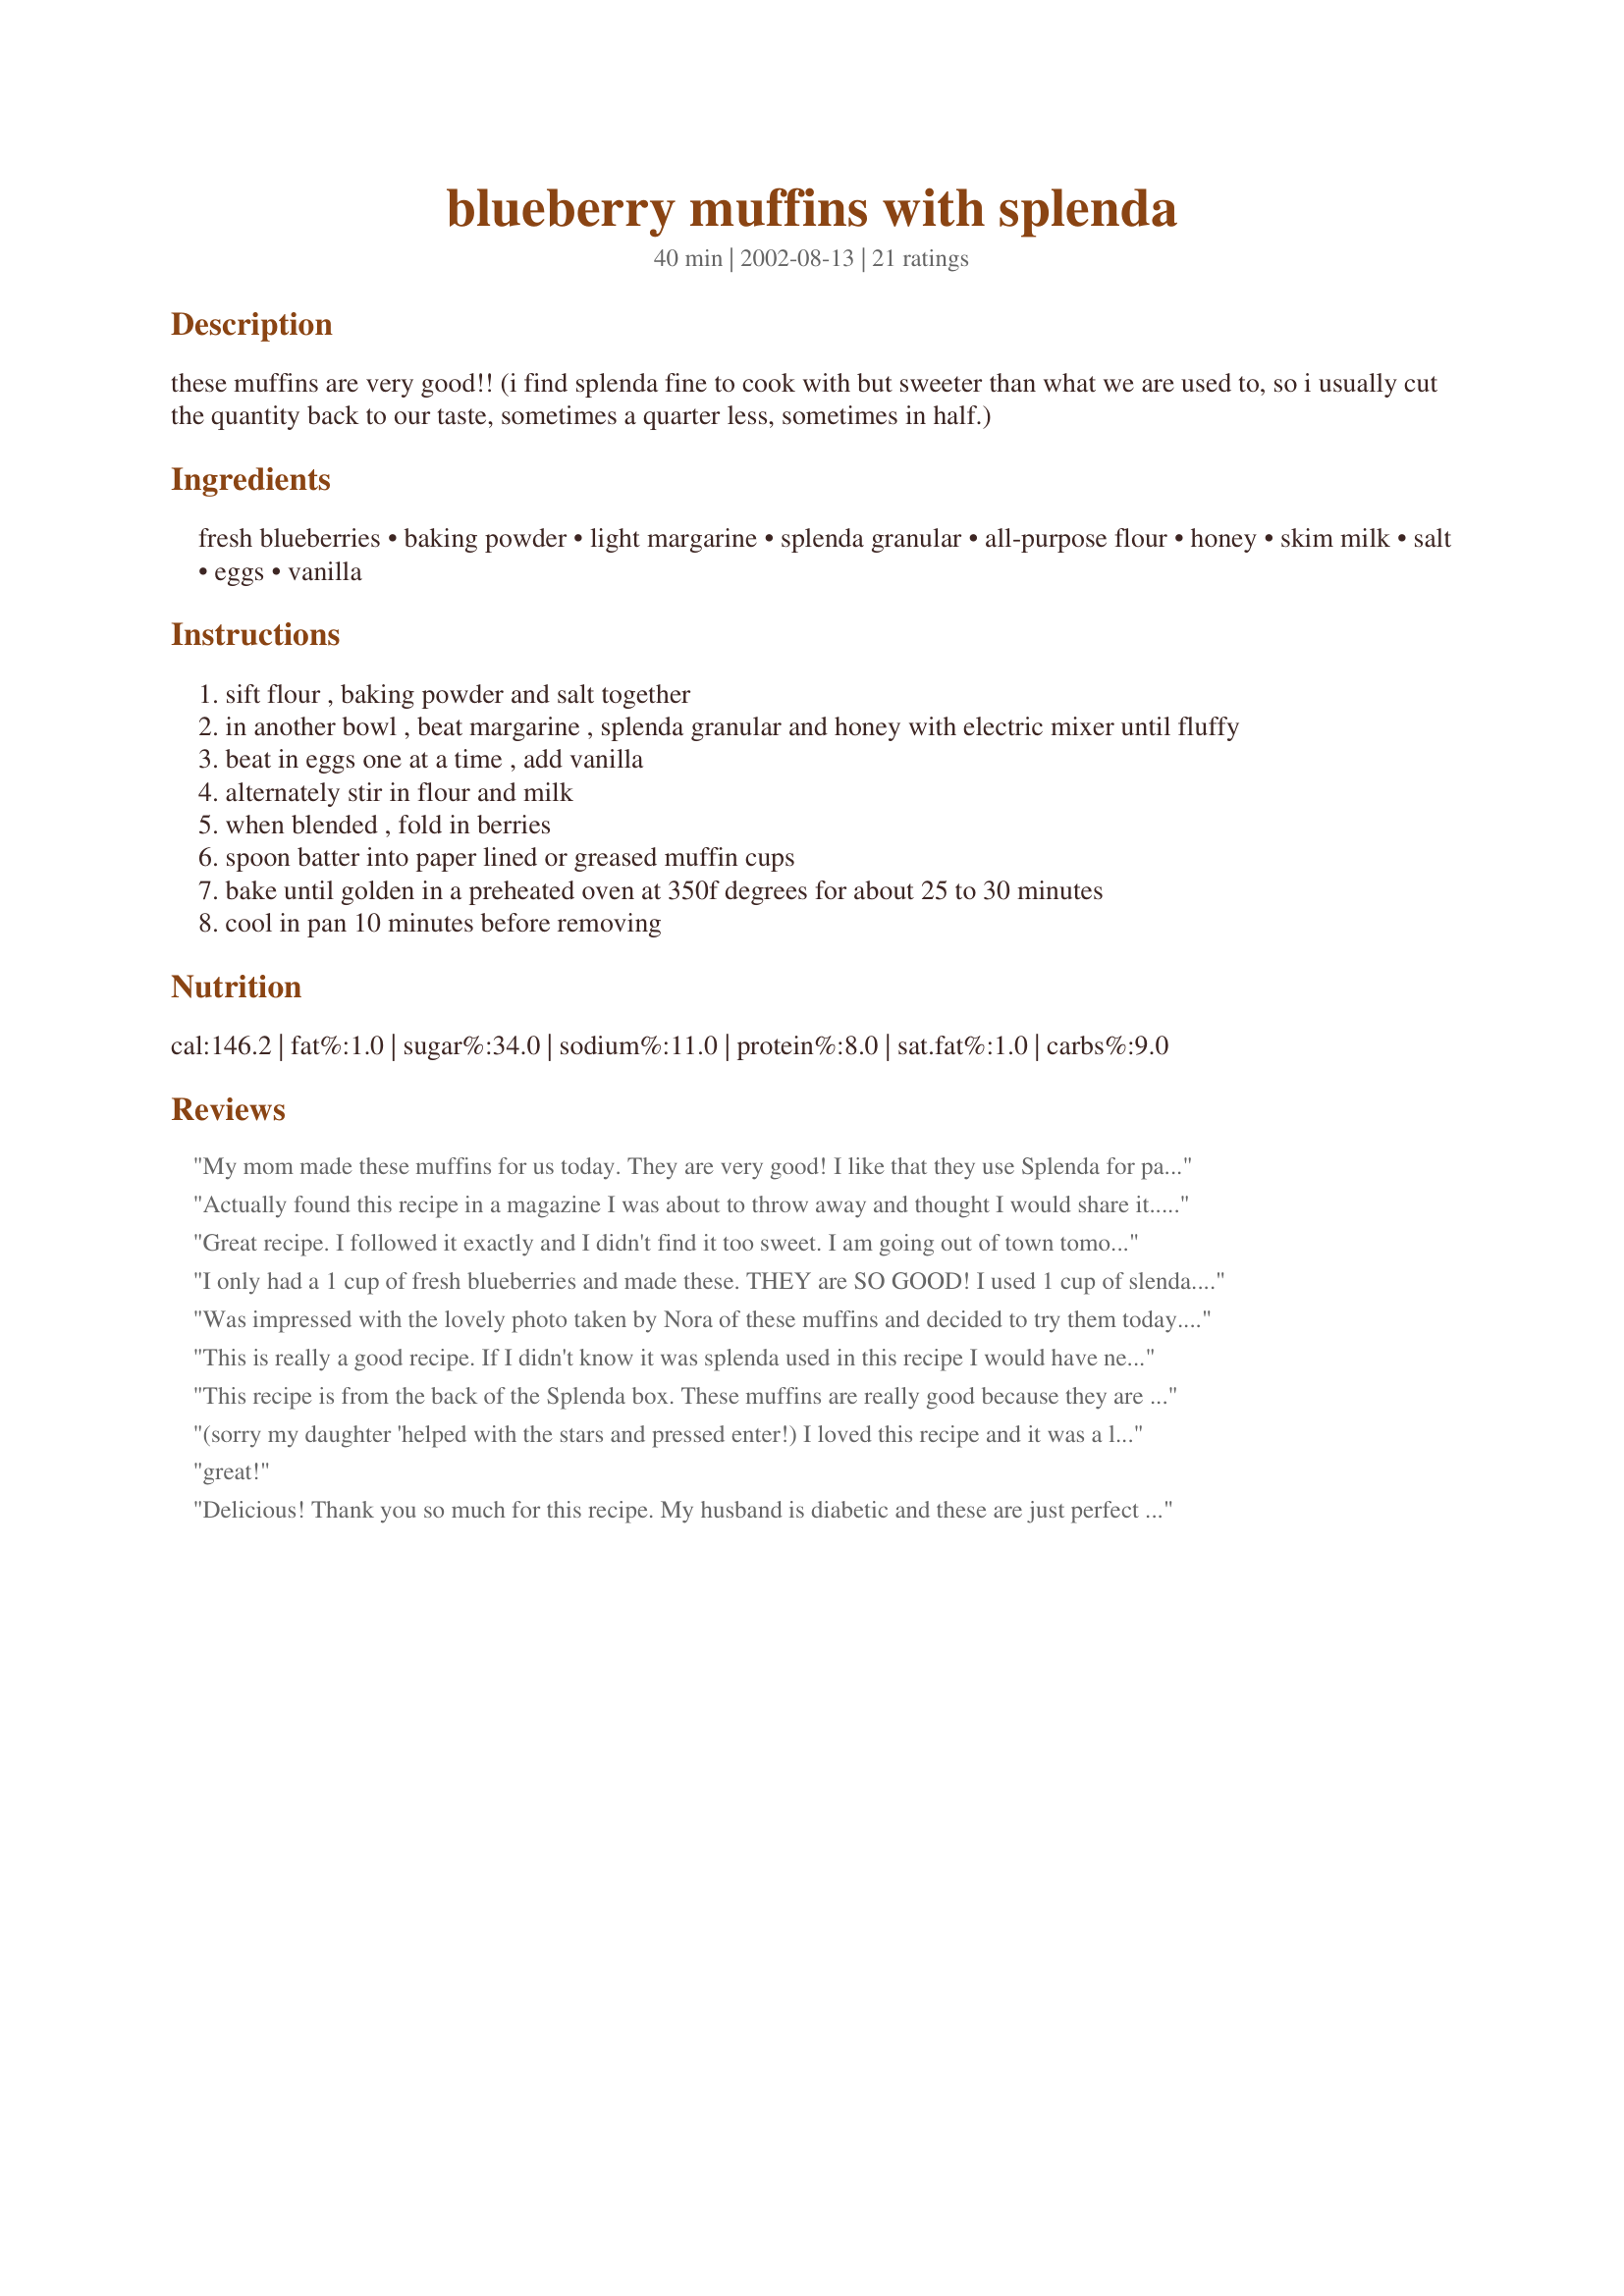
blueberry muffins with splenda
Preparation time: 40 minutes

these muffins are very good!! (i find splenda fine to cook with but sweeter than what we are used to, so i usually cut the quantity back to our taste, sometimes a quarter less, sometimes in half.)

Ingredients:
fresh blueberries, baking powder, light margarine, splenda granular, all-purpose flour, honey, skim milk, salt, eggs, vanilla

Steps:
sift flour , baking powder and salt together
in another bowl , beat margarine , splenda granular and honey with electric mixer until fluffy
beat in eggs one at a time , add vanilla
alternately stir in flour and milk
when blended , fold in berries
spoon batter into paper lined or greased muffin cups
bake until golden in a preheated oven at 350f degrees for about 25 to 30 minutes
cool in pan 10 minutes before removing

Reviews:
My mom made these muffins for us today. They are very good! I like that they use Splenda for part of the sweetening.
Actually found this recipe in a magazine I was about to throw away and thought I would share it....Hope you like
Great recipe. I followed it exactly and I didn't find it too sweet. I am going out of town tomorrow to stay with family and will be making another batch to take wtih me because I know that they will all enjoy it. Thanks for posting this.
I only had a 1 cup of fresh blueberries and made these. THEY are SO GOOD! I used 1 cup of slenda. I love cutting
calories and not the taste. 
Thanks for sharing.
Was impressed with the lovely photo taken by Nora of these muffins and decided to try them today. I baked mine in paper lined muffin cups and they turned out perfect. You can't go wrong with a good blueberry muffin recipe....and I just found me another one!! Like the idea of using Splenda. Thanks so much Derf for sharing it with us.
This is really a good recipe. If I didn't know it was splenda used in this recipe I would have never known the difference from using regular sugar. Thanks for sharing these delicious low fat muffins!
This recipe is from the back of the Splenda box. These muffins are really good because they are big, filling and low calorie. They do not taste sugar free and the fat content is low too. www.splenda.com has some other good breakfast and dessert recipes too.
(sorry my daughter 'helped with the stars and pressed enter!) I loved this recipe and it was a life-saver after my friend had to send her daughter over to my place for her birthday party with 3 hours notice! I piled them up, added some sprinkles and candles, and there you have it, birthday 'cake'! Because we have allergies I tried to find something that wouldn't taste too bad for the others, and they gobbled this one up, even with the wheat and dairy free ingredients. I forgot the honey but they were still yum, and I added a bit of cinnamon - any excuse to eat it! Thank you so much!
great!
Delicious!
Thank you so much for this recipe. My husband is diabetic and these are just perfect for him. I added one mashed banana instead of apple sauce and they were lovely and soft inside. Thanks again!
Great recipe! Batter looks a little funny before adding the flour and milkk, but stick with it. Excellent results--can't tell they're sugar free!
I nixed the honey and milk and used the full cup of splenda and subbed water. I used stone ground wheat flour (which made this batch so much better) and did half blueberries half apples because I didn't have enough blueberries. added cinnamon, and subbed low sodium salt (i shoulda used more salt than what I did... I love salt and don't usually use the low sodium stuff) i only used 6tbsp of butter to save 70 calories for the total batch calorie count. Wound up totaling 45 calories each- 15 muffins. They were pretty good. My little boy tore em up
I made these with fresh picked blueberries for a housefull this morning and everyone loved them! I used a 1/2 cup of Splenda and whole wheat pastry flour and they were so good! Thanks for a great recipe!
Yum! This recipe isn't anything new or fancy or uber-fantastic, but the muffins are definitely very good. I really like the use of honey in these. I added some raspberries to my muffins as a little addition, which I do not regret one bit.
I substituted all of the margarine for applesauce as well, and they came out very very yummy.
For me these were just OK- I cook for a type 1 diabetic and nowadays they're taught to pay attention to carbs so the Splenda caught my eye. Truth be told, the sugar/carb content is just the same as it would be using regular sugar in this recipe.
These are a great tasting muffin and I will certainly make them again. They have quite a different texture than most muffins. I used almost 3/4 cup splenda and didn't find them overly sweet.
I found these a little bit dry...but as no one else comments on that, it's probably something I did! :o)
To avoid a "dry" muffin, try adding about 1/4 cup of applesauce to the recipe! Very good!
I made this with whole wheat pastry flour that I purchased from a specialty food store. It inceases the fiber, therefore, it's even better for someone who is diabetic. The whole wheat pastry floud does help the recipe stay light and fluffy. Two thumbs up! The next time I make these, I will try to decrease the honey and add some strawberries to the recipe as well! This is a great recipe!
Nice muffins,will make them again.Used 1/2 splenda and 1/2 sugar.
My son is wheat intolerant so I made these with gluten free flour and added pecans. A great result and the kids love them, they disappear so quickly. I will try the applesauce substitute next. 

Caz
